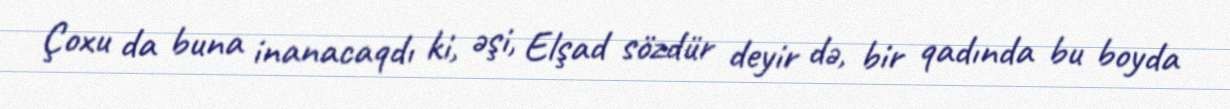
Çoxu da buna inanacaqdı ki, əşi, Elşad sözdür deyir də, bir qadında bu boyda